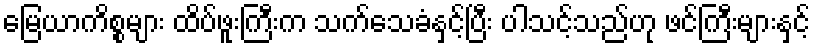
မြေယာကိစ္စများ ထိပ်ဖူးကြီးက သက်သေခံနှင့်ပြီး ပါသင့်သည်ဟု ဖင်ကြီးများနှင့်